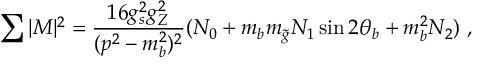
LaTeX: \sum | { \cal M } | ^ { 2 } = { \frac { 1 6 g _ { s } ^ { 2 } g _ { Z } ^ { 2 } } { ( p ^ { 2 } - m _ { b } ^ { 2 } ) ^ { 2 } } } ( N _ { 0 } + m _ { b } m _ { \tilde { g } } N _ { 1 } \sin 2 \theta _ { b } + m _ { b } ^ { 2 } N _ { 2 } ) \ ,